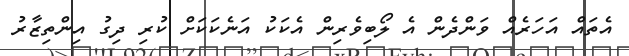
އެތައް އަހަރެއް ވަންދެން އެ ލޯބިވެރިން އެކަކު އަނެކަކަށް ކުރި ދިގު އިންތިޒާރު